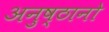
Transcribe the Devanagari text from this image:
अनुष्ठानो